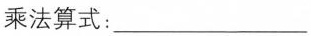
乘法算式：___